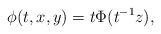
LaTeX: \begin{align*}\phi(t,x,y) = t\Phi(t^{-1}z),\end{align*}